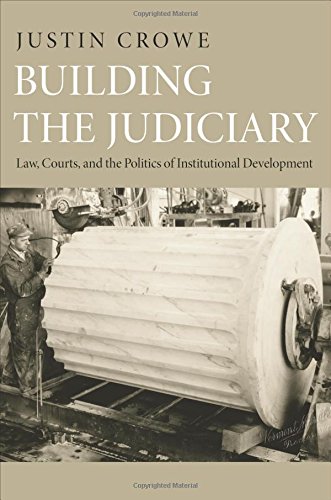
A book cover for Building the Judiciary: Law, Courts, and the Politics of Institutional Development (Princeton Studies in American Politics: Historical, International, and Comparative Perspectives); Justin Crowe; Law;